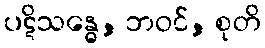
ပဋိသန္ဓေ, ဘဝင်, စုတိ